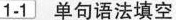
1-1 单句语法填空